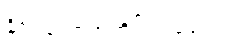
နိုင်ငံတော်အတိုင်ပင်ခံရုံးက